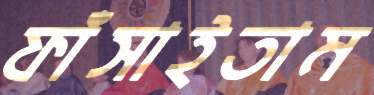
ফাঁসাইতাম